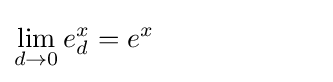
\lim _{d\to 0}{e_{d}^{x}}=e^{x}\qquad \qquad \qquad